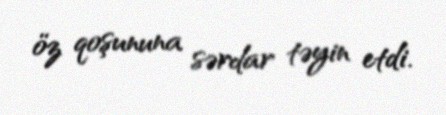
öz qoşununa sərdar təyin etdi.